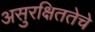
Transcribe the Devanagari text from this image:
असुरक्षिततेचे